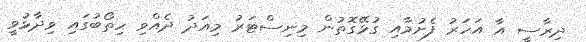
ދިރާސީ އާ އަހަރު ފެށުމާއި ގުޅޭގޮތުން މިނިސްޓަރު މިއަދު ދެއްވި ހިތޯބުގައި ވިދާޅުވީ